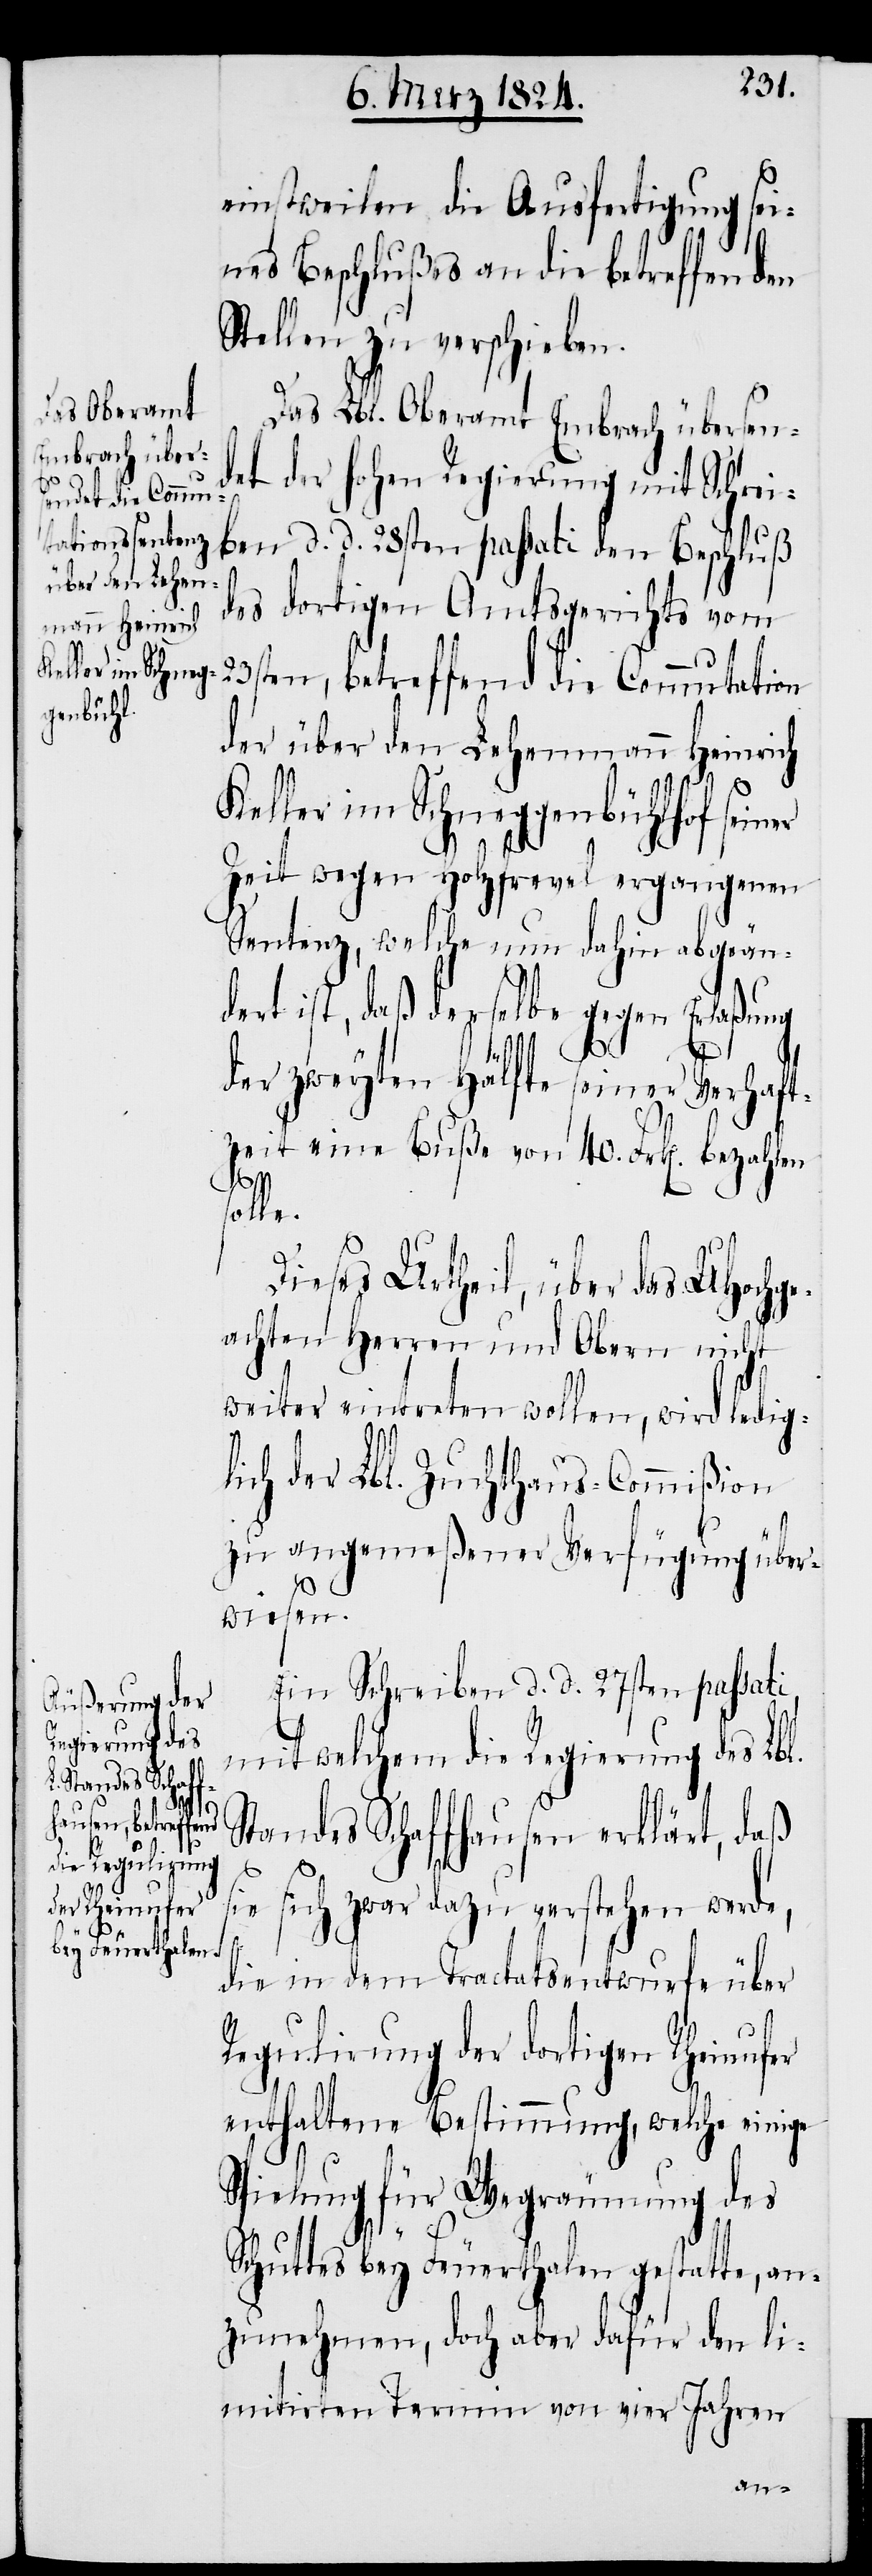
ines Beschlußes an die betreffenden
Stellen zu verschieben.
Das Lbl. Oberamt Embrach übersen¬
det der hohen Regierung mit Schrei¬
ben d. d. 28sten passati den Beschluß
des dortigen Amtsgerichts von
23sten, betreffend die Commutation
der über den Lehenmann Heinrich
Keller im Schneggenbühlhof seiner
Zeit wegen Holzfrevel ergangenen
Sentenz, welche nun dahin abgeän¬
dert ist, daß derselbe gegen Erlaßung
der zweyten Hälfte seiner Verhaft¬
zeit eine Buße von 40. Frk[en]. bezahlen
le.
Dieses Urtheil, über das UHochge¬
achten Herren und Obern nicht
weiter eintreten wollen, wird ledig¬
lich der Lbl. Zuchthaus-Commißion
zu angemeßener Verfügung über¬
wiesen.
Ein Schreiben d. d. 27sten passati
mit welchem die Regierung des Lbl.
die Ausfertigung
Standes Schaffhausen erklärt, daß
sie sich zwar dazu verstehen werde,
die in dem Tractatsentwurfe über
Regulirung der dortigen Rheinufer
enthaltene Bestimmung, welche einige
Spielung für Wegräumung des
se¬
Schuttes bey Feuerthalen gestatte, an¬
zunehmen, doch aber dafür den li¬
mitirten Termin von vier Jahren